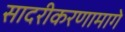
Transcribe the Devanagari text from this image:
सादरीकरणामागे